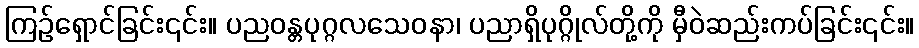
ကြဉ်ရှောင်ခြင်း၎င်း။ ပညဝန္တပုဂ္ဂလသေဝနာ၊ ပညာရှိပုဂ္ဂိုလ်တို့ကို မှီဝဲဆည်းကပ်ခြင်း၎င်း။